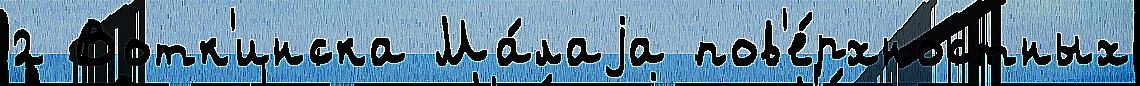
2 Вотк'инска Ма́лаjа пов'е́рхностных